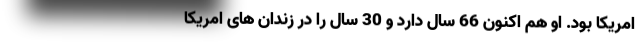
امریکا بود. او هم اکنون 66 سال دارد و 30 سال را در زندان های امریکا